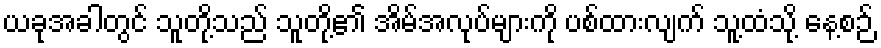
ယခုအခါတွင် သူတို့သည် သူတို့၏ အိမ်အလုပ်များကို ပစ်ထားလျက် သူ့ထံသို့ နေ့စဉ်